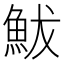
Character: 鮁